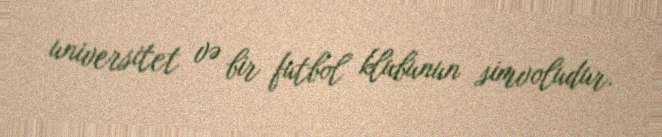
universitet və bir futbol klubunun simvoludur.